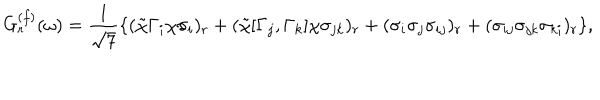
G _ { r } ^ { ( f ) } ( \omega ) = \frac { 1 } { \sqrt { 7 } } \{ ( \tilde { \chi } \Gamma _ { i } \chi \sigma _ { i } ) _ { r } + ( \tilde { \chi } [ \Gamma _ { j } , \Gamma _ { k } ] \chi \sigma _ { j k } ) _ { r } + ( \sigma _ { i } \sigma _ { j } \sigma _ { i j } ) _ { r } + ( \sigma _ { i j } \sigma _ { j k } \sigma _ { k i } ) _ { r } \} ,